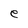
Character: e